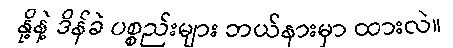
နို့နဲ့ ဒိန်ခဲ ပစ္စည်းများ ဘယ်နားမှာ ထားလဲ။